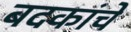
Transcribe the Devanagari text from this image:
बदकांचे